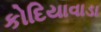
કોદિયાવાડા